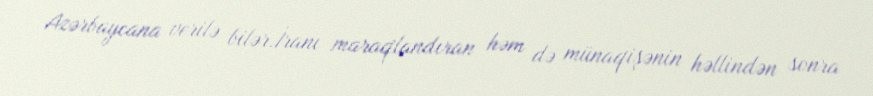
Azərbaycana verilə bilər.İranı maraqlandıran həm də münaqişənin həllindən sonra